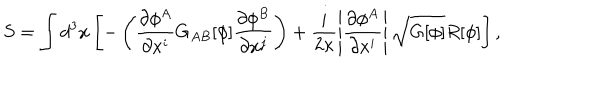
S = \int d ^ { 3 } x \left[ - \left( \frac { \partial \phi ^ { A } } { \partial x ^ { i } } G _ { A B } [ \phi ] \frac { \partial \phi ^ { B } } { \partial x ^ { j } } \right) + \frac { i } { 2 \kappa } \left| \frac { \partial \phi ^ { A } } { \partial x ^ { i } } \right| \sqrt { G [ \phi ] } R [ \phi ] \right] ,